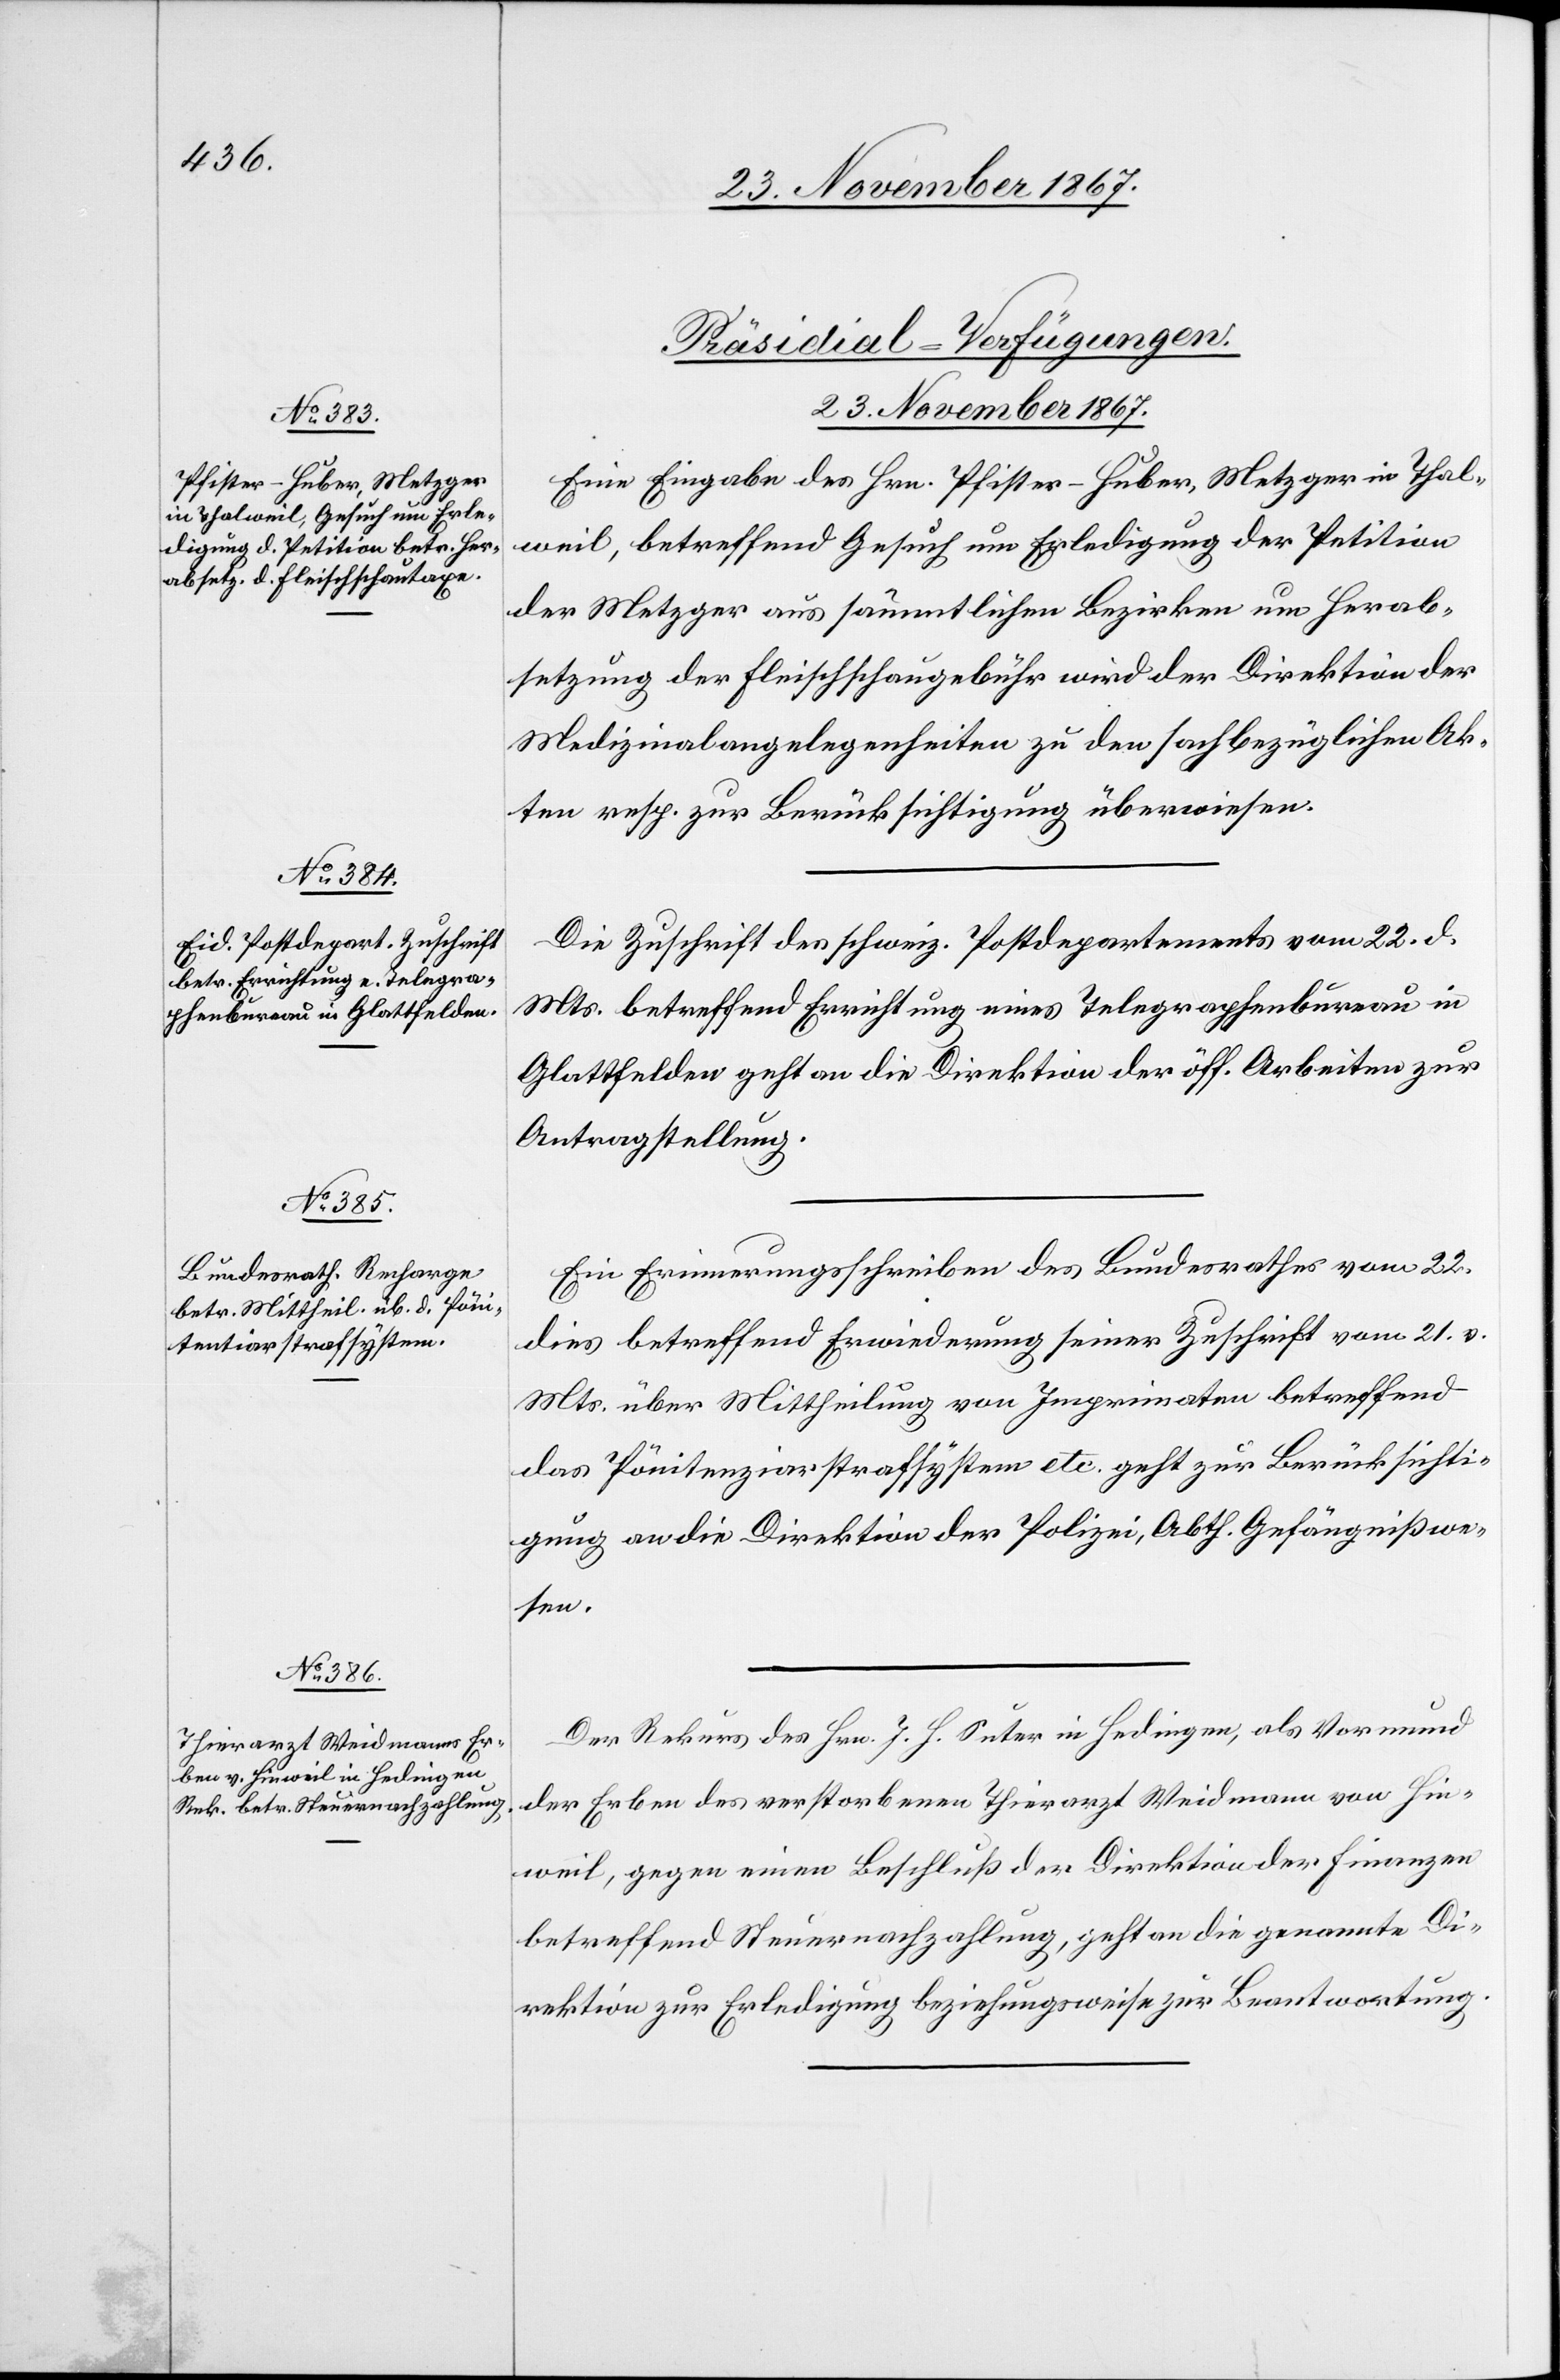
23. November 1867.]
[Präsidial-Verfügungen.
Eine Eingabe des Hrn. Pfister-Huber, Metzger in Thal¬
weil, betreffend Gesuch um Erledigung der Petition
der Metzger aus sämmtlichen Bezirken um Herab¬
setzung der Fleischschaugebühr wird der Direktion der
Medizinalangelegenheiten zu den sachbezüglichen Ak¬
ten resp. zur Berücksichtigung überwiesen.
Die Zuschrift des schweiz. Postdepartements vom 22. d.
Mts. betreffend Errichtung eines Telegraphenbureau in
Glattfelden geht an die Direktion der öff. Arbeiten zur
Antragstellung.
Ein Erinnerungsschreiben des Bundesrathes vom 22.
dies betreffend Erwiederung seiner Zuschrift vom 21. v.
Mts. über Mittheilung von Imprimaten betreffend
das Pönitentiarstrafsystem etc. geht zur Berücksichti¬
gung an die Direktion der Polizei, Abth. Gefängnißwe¬
sen.
Der Rekurs des Hrn. J. H. Suter in Hedingen, als Vormund
der Erben des verstorbenen Thierarzt Weidmann von Hin¬
weil, gegen einen Beschluß der Direktion der Finanzen
betreffend Steuernachzahlung, geht an die genannte Di¬
rektion zur Erledigung beziehungsweise zur Beantwortung.